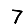
Digit: 7